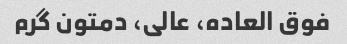
فوق العاده، عالی، دمتون گرم